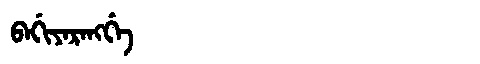
Manchu: ᠪᠠᡤᡳᠶᠠᡵᠠᠩᡤᡝ
Romanization: BAGIYARANGGE